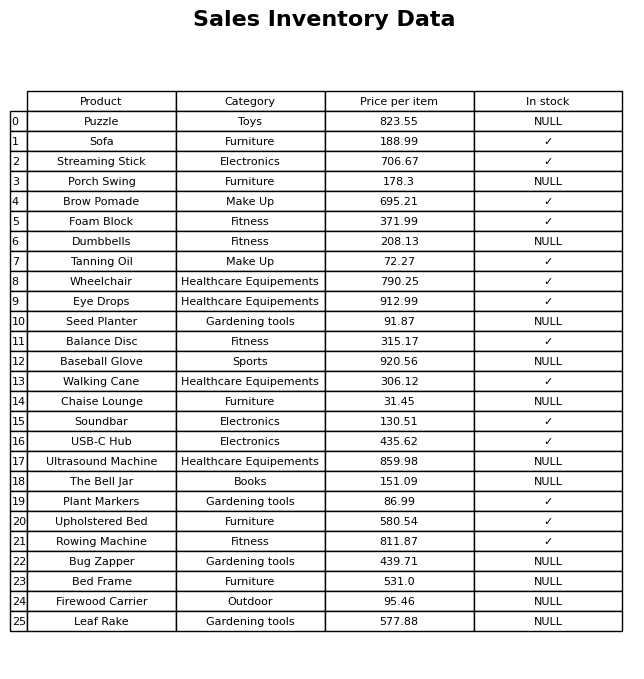
question: What is the price for Seed Planter?
answer: The price of Seed Planter is 91.87.